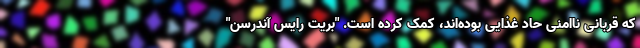
که قربانی ناامنی حاد غذایی بوده‌اند، کمک کرده است. "بریت رایس آندرسن"